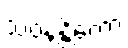
သဝနန္တိကော